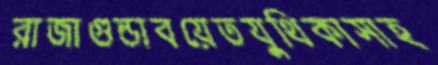
রাজাগুন্ডাবয়েতযুথিকাসাহ